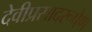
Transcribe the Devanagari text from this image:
देवीप्रसादरूपेण